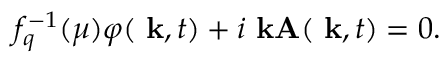
f _ { q } ^ { - 1 } ( \mu ) \varphi ( \mathrm { \bf ~ k } , t ) + i \mathrm { \bf ~ k A } ( \mathrm { \bf ~ k } , t ) = 0 .